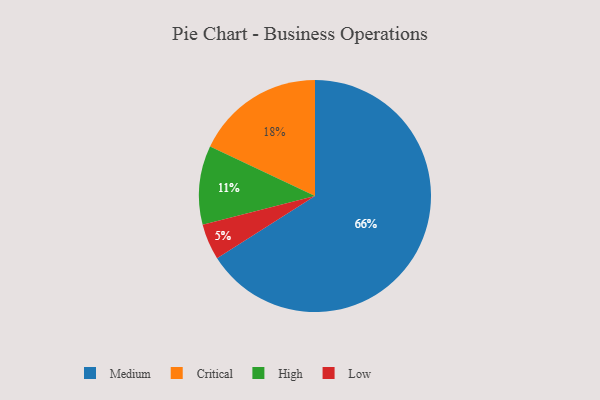
{"axis": {"x": "Category", "y": "Percentage"}, "legend": ["Critical", "High", "Low", "Medium"], "data": [{"x": "Critical", "y": 18, "type": "Critical"}, {"x": "High", "y": 11, "type": "High"}, {"x": "Low", "y": 5, "type": "Low"}, {"x": "Medium", "y": 66, "type": "Medium"}]}